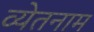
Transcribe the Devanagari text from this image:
व्येतनाम